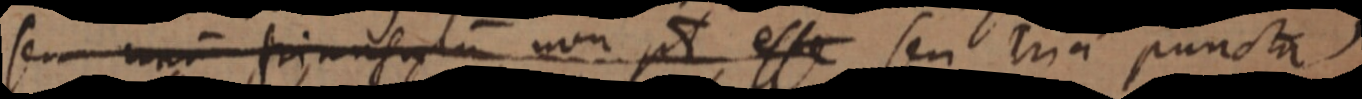
seu _ triangulum non pt esse seu tria puncta